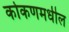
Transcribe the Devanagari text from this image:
कोकणमधील